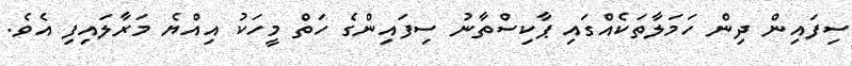
ސިފައިން ދިން ހަމަލާތަކެއްގައި ޕާކިސްތާނު ސިފައިންގެ ހަތް މީހަކު އިއްޔެ މަރާލައިފި އެވެ.